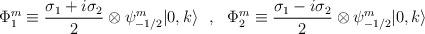
LaTeX: \begin{align*}\Phi_{1}^{m} \equiv \frac{\sigma_1 + i \sigma_2}{2} \otimes\psi_{-1/2}^{m} |0,k \rangle ~~,~~\Phi_{2}^{m} \equiv \frac{\sigma_1 -i \sigma_2}{2} \otimes \psi_{-1/2}^{m}|0,k \rangle\end{align*}